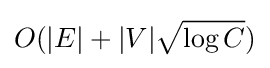
O(|E|+|V|{\sqrt {\log C}})